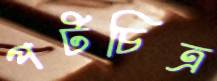
পটচিত্র